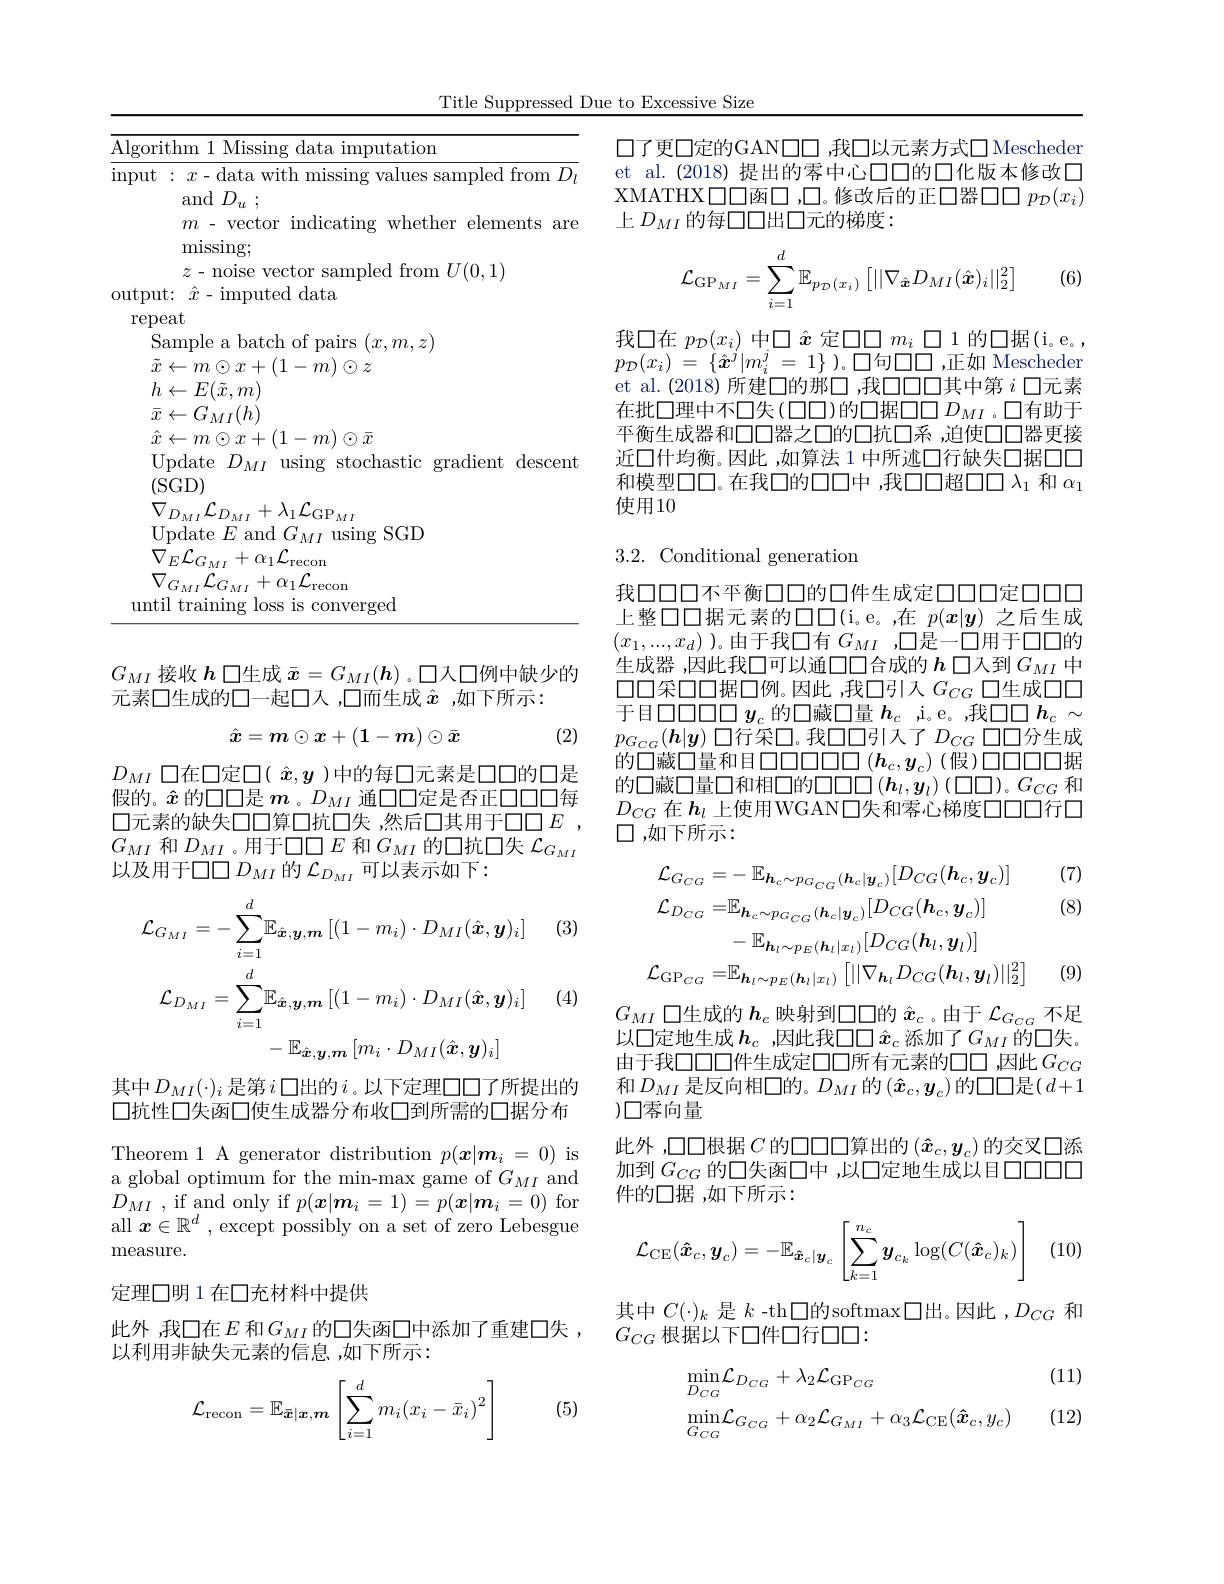
Title Suppressed Due to Excessive Size

<table>
	<tbody>
		<tr>
			<td>Algori</td>
			<td>ithm Missi a imputation data</td>
		</tr>
		<tr>
			<td>Algori $\operatorname*{mput}$</td>
			<td>ithm 1 Missing data imputation $:x-$data with missing values sampled from $D_l$ and $D_u$ ; $m$- vector indicating whether elements are $\operatorname*{missing};$ $z$- noise vector sampled from $U(0,1)$</td>
		</tr>
		<tr>
			<td>$\operatorname*{mput}$</td>
			<td>$:x-$data with missing values sampled from $D_i$ ${\mathrm{and}}D_{u}$ ; $m$ - vector indicating whether elements are $\operatorname*{missing};$ $z$- noise vector sampled from $U(0,1)$</td>
		</tr>
	</tbody>
</table>

$G_{MI}$接收$h$口生成$\bar{x}=G_{MI}(\boldsymbol{h})$ 。口人口例中缺少的
元素口生成的口一起口入，口而生成$\hat{x}$ ,如下所示：

(2)
$$\hat{x}=m\odot x+(1-m)\odot\bar{x}$$
$D_{MI}$口在口定口( $\hat{x},\boldsymbol{y}$ )中的每口元素是口口的口是假的。$\hat{x}$的口口是$m$ 。$D_MI$通口口定是否正口口口每口元素的缺失口口算口抗口失 ,然后口其用于$\square\square E$ $\overline {G}_{MI}$ 和 $D_{MI}$ 。用 于 口 口 $E$ 和 $G_{MI}$ 的 口 抗 口 失 $\overline {\mathcal{L} }_{G_{MI}}$ 以及用于口口$D_MI$的$\mathcal{L}_{D_MI}$可以表示如下：

(3)
$$\mathcal{L}_{G_{MI}}=-\sum_{i=1}^{d}\mathbb{E}_{\hat{\boldsymbol{x}},\boldsymbol{y},\boldsymbol{m}}\left[(1-m_{i})\cdot D_{MI}(\hat{\boldsymbol{x}},\boldsymbol{y})_{i}\right]\\\mathcal{L}_{D_{MI}}=\sum_{i=1}^{d}\mathbb{E}_{\hat{\boldsymbol{x}},\boldsymbol{y},\boldsymbol{m}}\left[(1-m_{i})\cdot D_{MI}(\hat{\boldsymbol{x}},\boldsymbol{y})_{i}\right]\\-\mathbb{E}_{\hat{\boldsymbol{x}},\boldsymbol{y},\boldsymbol{m}}\left[m_{i}\cdot D_{MI}(\hat{\boldsymbol{x}},\boldsymbol{y})_{i}\right]$$
(4

其中$D_{MI}(\cdot)_i$ 是第 $i$ 口出的$i$。以下定理口口了所提出的口抗性口失函口使生成器分布收口到所需的口据分布

Theorem 1 A generator distribution $p(\boldsymbol{x}|\boldsymbol{m}_i=0)$ is a global optimum for the min-max game of $G_{MI}$ and $D_{MI}$ , if and only if $p(\boldsymbol x|\boldsymbol{m}_i=1)=p(\boldsymbol{x}|\boldsymbol{m}_i=0)$ for all $x\in\mathbb{R}^d$ , except possibly on a set of zero Lebesgue measure.

定理口明 1 在口充材料中提供

此外，我口在$E$ 和$G_{MI}$的口失函口中添加了重建口失，
以利用非缺失元素的信息，如下所示：

(5)
$$\mathcal{L}_{\mathrm{recon}}=\mathbb{E}_{\bar{\boldsymbol{x}}|\boldsymbol{x},\boldsymbol{m}}\left[\sum_{i=1}^dm_i{(x_i-\bar{x}_i)}^2\right]$$
口了更口定的GAN口口，我口以元素方式口Mescheder et al.(2018) 提出的零中心口口的口化版本修改口XMATHX 口口函口 ,口。修改后的正口器口口$p_\mathcal{D}(x_i)$ 上$D_{MI}$的每口口出口元的梯度：

(6)
$$\mathcal{L}_{\mathrm{GP}_{MI}}=\sum_{i=1}^{d}\mathbb{E}_{p_{\mathcal{D}}(x_{i})}\left[||\nabla_{\hat{\boldsymbol{x}}}D_{MI}(\hat{\boldsymbol{x}})_{i}||_{2}^{2}\right]$$
我口在 $p_{\mathcal{D}}(x_{i})$ 中$\square\hat{x}$ 定$\square\square m_{i}\square1$ 的口据(i。e。, $p_{\mathcal{D} }( x_{i})$ = $\{ \hat{\boldsymbol{x}} ^{j}| m_{i}^{j}$ = $1\}$ $) 。\square$句口口，正如 Mescheder et al.(2018)所建口的那$\square$,我口口口其中第 $i$ 口元素在批口理中不口失(口口)的口据$\square\square D_{MI}$。口有助于平衡生成器和口口器之口的口抗口系 ,迫使口口器更接近口什均衡。因此 ,如算法 1 中所迹口行缺失口据口口和模型口口。在我口的口口中，我口口超口口$\lambda_{1}$ 和 $\alpha_{1}$ 使用10

## 3.2.Conditional generation

我口口口不平衡口口的口件生成定口口口定口口口上整口口据元素的$\square\square\square($i。e。,在 $p(x|y)$ 之后生成$(x_1,...,x_d)$ )。由于我口有$G_MI$ ,口是一口用于口口的生成器 ,因此我口可以通口口合成的$h$口入到$G_{MI}$中口口采口口据口例。因此 ,我口引入$G_{CG}$口生成口口于目口口口口口$y_c$的口藏口量$h_c$ ,i。e。,我口口$h_c\sim$ $p_{G_{CG}}(\boldsymbol{h}|\boldsymbol{y})$口行采口。我口口引入了$D_CG$口口分生成的口藏口量和目口口口口口口($h_c,y_c)$(假)口口口口据的口藏口量口和相口的口口口$(\boldsymbol h_l,\boldsymbol{y}_l)\left(\square\square\right)。G_{CG}$ 和$D_{CG}$在$\boldsymbol{h}_l$上使用WGAN口失和零心梯度口口行口$\square$,如下所示：

(7) (8)
$$\mathcal{L}_{G_{CG}}=-\:\mathbb{E}_{\boldsymbol{h}_{c}\sim p_{G_{CG}}(\boldsymbol{h}_{c}|\boldsymbol{y}_{c})}[D_{CG}(\boldsymbol{h}_{c},\boldsymbol{y}_{c})]\\\mathcal{L}_{D_{CG}}=\mathbb{E}_{\boldsymbol{h}_{c}\sim p_{G_{CG}}(\boldsymbol{h}_{c}|\boldsymbol{y}_{c})}[D_{CG}(\boldsymbol{h}_{c},\boldsymbol{y}_{c})]\\-\mathbb{E}_{\boldsymbol{h}_{l}\sim p_{E}(\boldsymbol{h}_{l}|x_{l})}[D_{CG}(\boldsymbol{h}_{l},\boldsymbol{y}_{l})]\\\mathcal{L}_{\mathrm{GP}_{CG}}=\mathbb{E}_{\boldsymbol{h}_{l}\sim p_{E}(\boldsymbol{h}_{l}|x_{l})}\left[||\nabla_{\boldsymbol{h}_{l}}D_{CG}(\boldsymbol{h}_{l},\boldsymbol{y}_{l})||_{2}^{2}\right]$$
(9)

$G_{MI}$口生成的$h_c$映射到口口的$\hat{x}_c$ 。由于$\mathcal{L}_G_{CG}$不足以口定地生成 $h_c$ ,因此我口口$\hat{x}_c$ 添加了$G_{MI}$ 的口失。由于我口口口件生成定口口所有元素的口，因此$G_{CG}$ 和$D_{MI}$ 是反向相口的。$\overline D_MI$的$\left(\hat{x}_c,y_c\right)$的口口是$\left(d+1\right.$ )口客向量
此外 ,口口根据$C$的口口口口算出的$(\hat{x}_c,y_c)$的交叉口添加到$G_{CG}$的口失函口中，以口定地生成以目口口口口件的口据，如下所示：

(10)
$$\mathcal{L}_{\mathrm{CE}}(\boldsymbol{\hat{x}}_c,\boldsymbol{y}_c)=-\mathbb{E}_{\boldsymbol{\hat{x}}_c|\boldsymbol{y}_c}\left[\sum_{k=1}^{n_c}\boldsymbol{y}_{c_k}\log(C(\boldsymbol{\hat{x}}_c)_k)\right]$$
其中$C(\cdot)_k$是$k$ -th$\square$的softmax$\square$出。因此$,D_CG$和
$G_{CG}$根据以下口件口行口口：

(11)
$$\begin{aligned}&\operatorname*{min}_{D_{CG}}\mathcal{L}_{D_{CG}}+\lambda_{2}\mathcal{L}_{\mathrm{GP}_{CG}}\\&\operatorname*{min}_{G_{CG}}\mathcal{L}_{G_{CG}}+\alpha_{2}\mathcal{L}_{G_{MI}}+\alpha_{3}\mathcal{L}_{\mathrm{CE}}(\boldsymbol{\hat{x}}_{c},y_{c})\end{aligned}$$
(12)